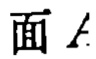
面 \(A\)